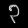
Digit: ၃